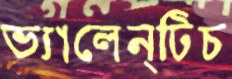
ভ্যালেন্টিচ